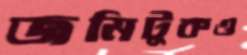
জমিটুকও